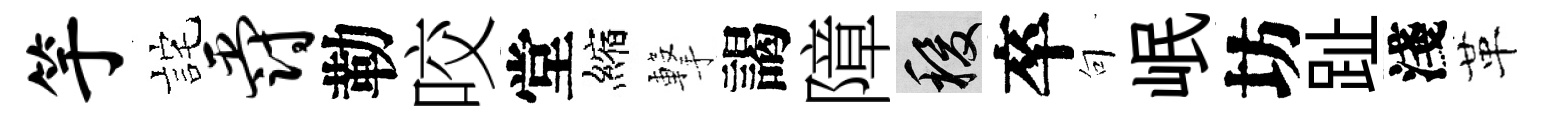
竽詫爵勒咬堂縮撃謁障稷卒句岷坊趾淺革